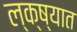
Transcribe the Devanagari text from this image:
ल्क्ष्यात